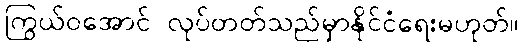
ကြွယ်ဝအောင် လုပ်တတ်သည်မှာနိုင်ငံရေးမဟုတ်။